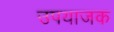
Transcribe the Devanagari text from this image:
उपयाजक